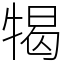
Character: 㹇